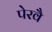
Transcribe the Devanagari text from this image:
पेरवै